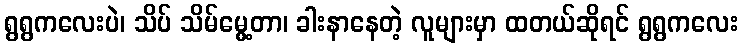
ရွရွကလေးပဲ၊ သိပ် သိမ်မွေ့တာ၊ ခါးနာနေတဲ့ လူများမှာ ထတယ်ဆိုရင် ရွရွကလေး